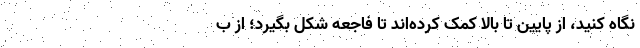
نگاه کنید، از پایین تا بالا کمک کرده‌اند تا فاجعه شکل بگیرد؛ از ب